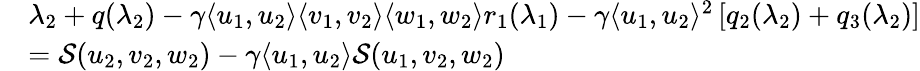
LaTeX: \begin{array}{rl}&{\lambda_{2}+q(\lambda_{2})-{\gamma}\langle u_{1},u_{2}\rangle\langle v_{1},v_{2}\rangle\langle w_{1},w_{2}\rangle r_{1}(\lambda_{1})-{\gamma}\langle u_{1},u_{2}\rangle^{2}\left[q_{2}(\lambda_{2})+q_{3}(\lambda_{2})\right]}\\ &{={\mathcal{S}}(u_{2},v_{2},w_{2})-{\gamma}\langle u_{1},u_{2}\rangle{\mathcal{S}}(u_{1},v_{2},w_{2})}\end{array}